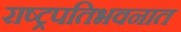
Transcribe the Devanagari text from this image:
राष्ट्रपतिभवनात